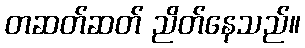
တဆတ်ဆတ် ညိတ်နေသည်။